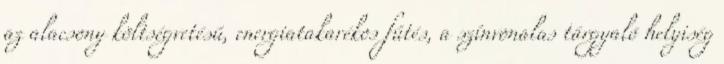
az alacsony költségvetésű, energiatakarékos fűtés, a színvonalas tárgyaló helyiség